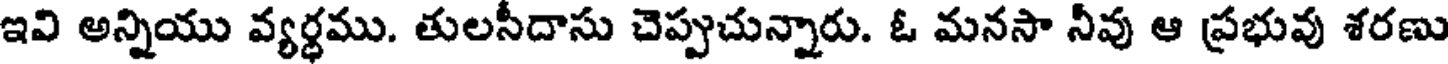
ఇవి అన్నియు వ్యర్థము. తులసీదాసు చెప్పుచున్నారు. ఓ మనసా నీవు ఆ ప్రభువు శరణు